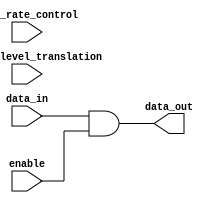
module IO_Block_LVCMOS_buffer(
    input wire data_in,
    output reg data_out,
    input wire enable,
    input wire slew_rate_control,
    input wire voltage_level_translation
);

assign data_out = data_in & enable;

endmodule